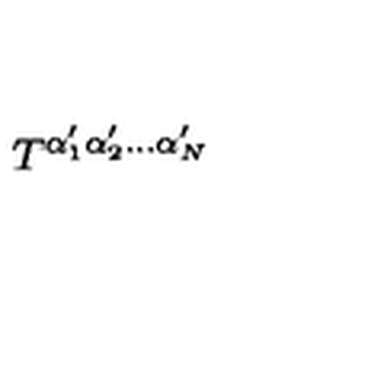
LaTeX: T ^ { \alpha _ { 1 } ^ { \prime } \alpha _ { 2 } ^ { \prime } \phantom { q } \! \! \! \dots \alpha _ { N } ^ { \prime } }